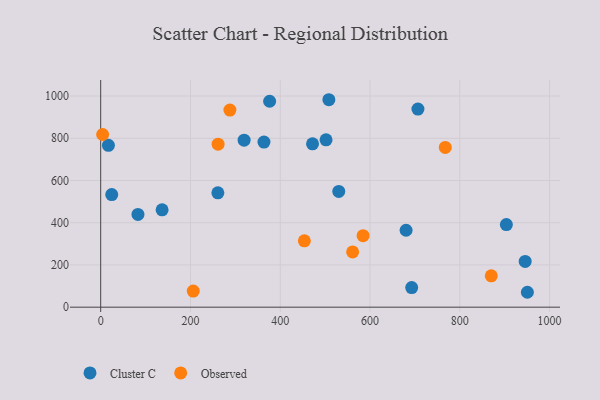
{"axis": {"x": "Study Hours", "y": "Salary"}, "legend": ["Cluster C", "Observed"], "data": [{"x": "261.0", "y": 541.7, "type": "Cluster C"}, {"x": "17.2", "y": 766.5, "type": "Cluster C"}, {"x": "136.8", "y": 461.3, "type": "Cluster C"}, {"x": "319.5", "y": 791.0, "type": "Cluster C"}, {"x": "471.9", "y": 773.5, "type": "Cluster C"}, {"x": "83.0", "y": 439.1, "type": "Cluster C"}, {"x": "706.7", "y": 938.4, "type": "Cluster C"}, {"x": "502.0", "y": 792.6, "type": "Cluster C"}, {"x": "945.6", "y": 216.7, "type": "Cluster C"}, {"x": "24.6", "y": 533.2, "type": "Cluster C"}, {"x": "692.8", "y": 92.7, "type": "Cluster C"}, {"x": "363.7", "y": 782.0, "type": "Cluster C"}, {"x": "508.3", "y": 982.5, "type": "Cluster C"}, {"x": "376.3", "y": 975.3, "type": "Cluster C"}, {"x": "903.7", "y": 391.2, "type": "Cluster C"}, {"x": "950.5", "y": 70.6, "type": "Cluster C"}, {"x": "680.3", "y": 364.4, "type": "Cluster C"}, {"x": "530.3", "y": 548.2, "type": "Cluster C"}, {"x": "206.2", "y": 76.2, "type": "Observed"}, {"x": "767.6", "y": 756.4, "type": "Observed"}, {"x": "261.5", "y": 772.0, "type": "Observed"}, {"x": "584.5", "y": 338.5, "type": "Observed"}, {"x": "870.1", "y": 148.4, "type": "Observed"}, {"x": "4.3", "y": 817.7, "type": "Observed"}, {"x": "287.8", "y": 933.7, "type": "Observed"}, {"x": "561.2", "y": 261.5, "type": "Observed"}, {"x": "453.7", "y": 314.4, "type": "Observed"}]}